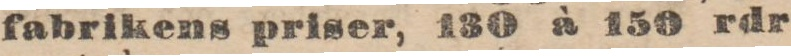
fabrikens priser, 130 à 150 rdr